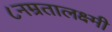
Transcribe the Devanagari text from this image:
८नम्रतालक्ष्मी